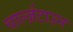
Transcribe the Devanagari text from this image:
चार्ल्ज़टाउन